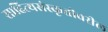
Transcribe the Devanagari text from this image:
साहित्यसंस्कृतीवरील